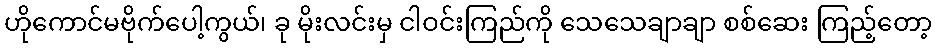
ဟိုကောင်မဗိုက်ပေါ့ကွယ်၊ ခု မိုးလင်းမှ ငါဝင်းကြည်ကို သေသေချာချာ စစ်ဆေး ကြည့်တော့